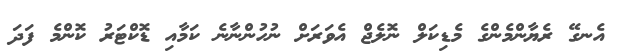
އެނގޭ ރެޔާންމެންގެ މެޑިކަލް ނޮލެޖް އެވަރަށް ނުހުންނާނެ ކަމާއި ޑޮކްޓަރު ކޮންމެ ފަދަ